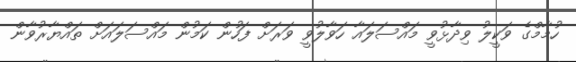
ހުމާމްގެ ވަކީލު ވިދާޅުވީ މައްސަލައާ ހަވާލުވީ ވަރަށް ފަހުން ކަމުން މައްސަލައަށް ތައްޔާރުވާން